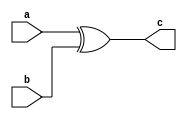
/* Generated by Yosys 0.35+29 (git sha1 2a18fe5fa, clang++  -fPIC -Os) */

(* top =  1  *)
(* src = "./test.v:1.1-8.10" *)
module test(a, b, c);
  (* src = "./test.v:2.15-2.16" *)
  input a;
  wire a;
  (* src = "./test.v:3.15-3.16" *)
  input b;
  wire b;
  (* src = "./test.v:4.16-4.17" *)
  output c;
  wire c;
  assign c = a ^ (* src = "./test.v:7.20-7.25" *) b;
endmodule